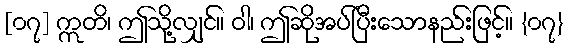
[၀၇] ဣတိ၊ ဤသို့လျှင်။ ဝါ၊ ဤဆိုအပ်ပြီးသောနည်းဖြင့်။ {၀၇}